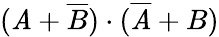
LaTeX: (\mathit{A}+{\overline{{{B}}}})\cdot({\overline{{{\mathit{A}}}}}+B)